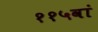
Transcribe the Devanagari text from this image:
११५वां